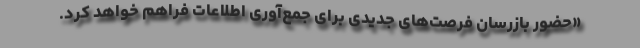
«حضور بازرسان فرصت‌های جدیدی برای جمع‌آوری اطلاعات فراهم خواهد کرد.